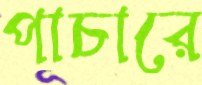
পাচারে